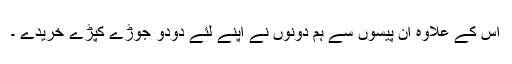
اس کے علاوہ ان پیسوں سے ہم دونوں نے اپنے لئے دودو جوڑے کپڑے خریدے ۔